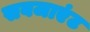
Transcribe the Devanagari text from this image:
सबजाएंट